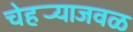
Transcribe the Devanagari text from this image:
चेहर्‍याजवळ